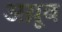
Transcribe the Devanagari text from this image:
अय़ूब